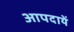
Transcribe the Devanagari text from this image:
आपदायें